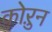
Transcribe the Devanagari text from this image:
कोऱुन